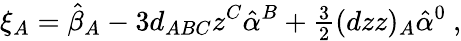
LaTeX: \xi_{A}=\hat{\beta}_{A}-3d_{ABC}z^{C}\hat{\alpha}^{B}+{\textstyle\frac{3}{2}}(dzz)_{A}\hat{\alpha}^{0}\ ,